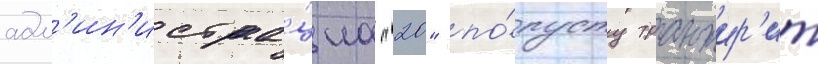
адм'ин'истра́циа "20" по́пусту транжир'ит